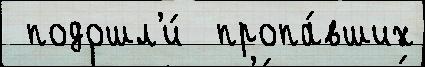
 подошл'и́  пропа́вших